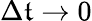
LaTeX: \Delta\mathfrak{t}\to0